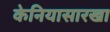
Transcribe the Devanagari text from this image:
केनियासारखा